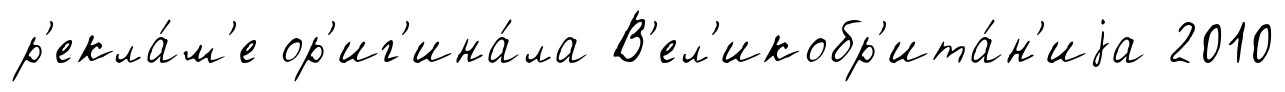
р'екла́м'е ор'иг'ина́ла В'ел'икобр'ита́н'иjа 2010